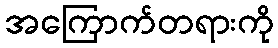
အကြောက်တရားကို